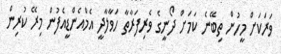
ވަރަކަށް މީހުން ތިބޭނެ ކަމަށް ދޯނީގެ ވެރިފަރާތާ ހަވާލާދީ އެމްއެންޑީއެފުން މިރޭ ކުރިން